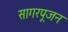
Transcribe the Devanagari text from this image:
सागरपूजन